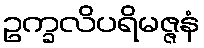
ဥက္ခလိပရိမဇ္ဇနံ